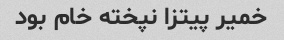
خمیر پیتزا نپخته خام بود